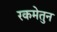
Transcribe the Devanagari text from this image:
रकमेतुन